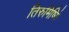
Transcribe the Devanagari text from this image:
तिरुमिष्सिे